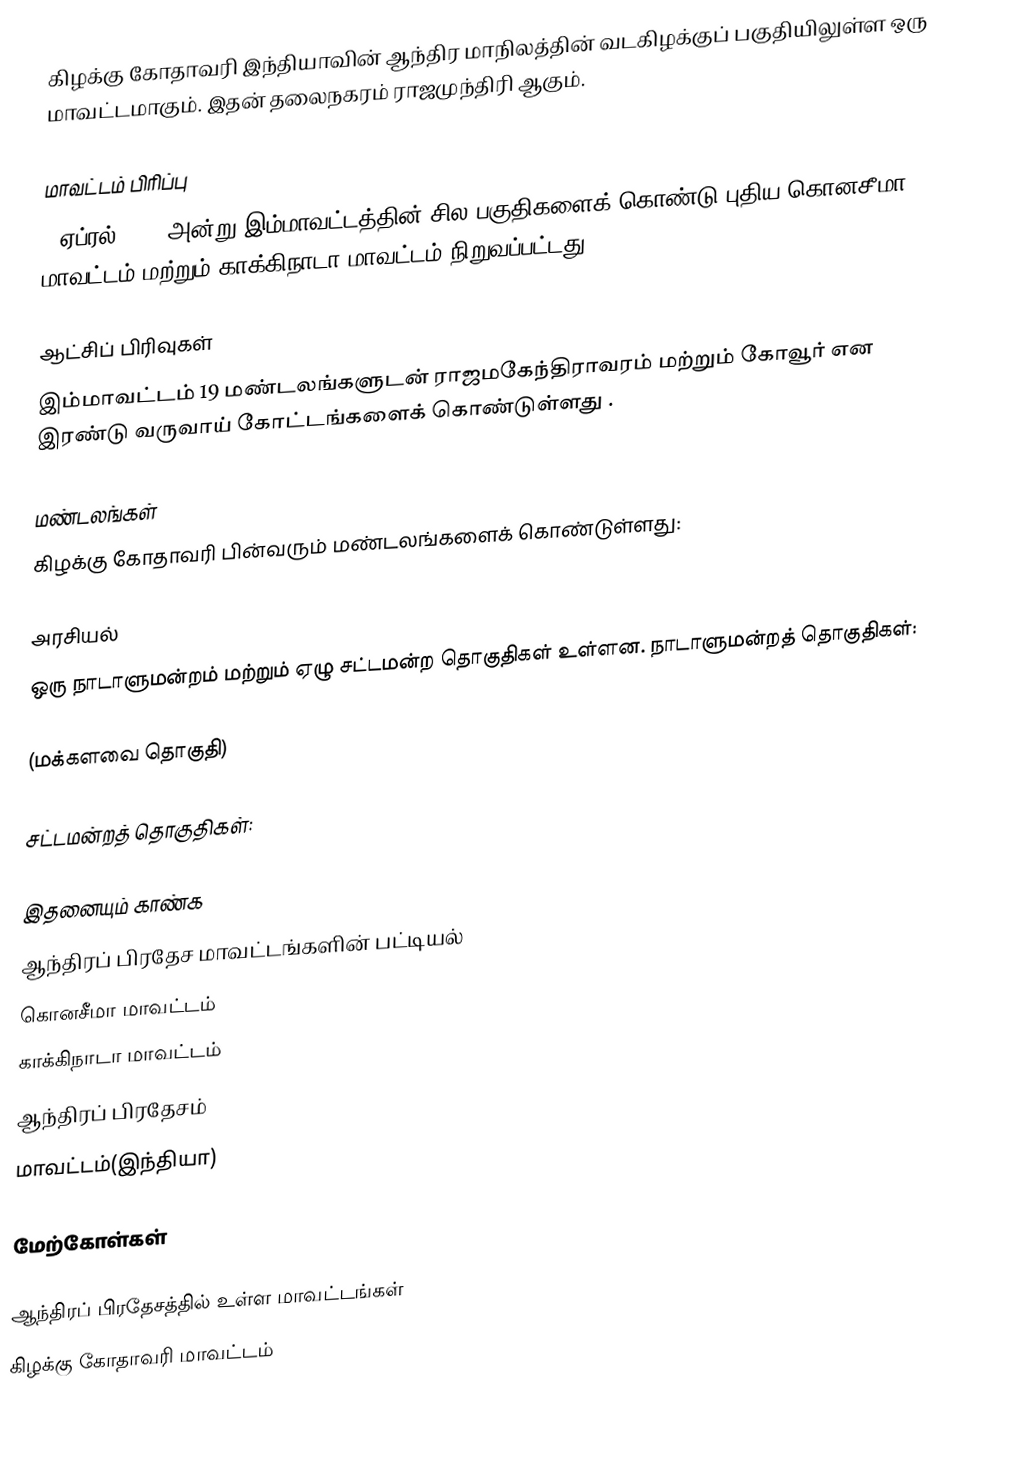
கிழக்கு கோதாவரி இந்தியாவின் ஆந்திர மாநிலத்தின் வடகிழக்குப் பகுதியிலுள்ள ஒரு மாவட்டமாகும். இதன் தலைநகரம் ராஜமுந்திரி ஆகும்.

மாவட்டம் பிரிப்பு
4 ஏப்ரல் 2022 அன்று இம்மாவட்டத்தின் சில பகுதிகளைக் கொண்டு புதிய கொனசீமா மாவட்டம் மற்றும்  காக்கிநாடா மாவட்டம் நிறுவப்பட்டது.

ஆட்சிப் பிரிவுகள்
இம்மாவட்டம் 19 மண்டலங்களுடன் ராஜமகேந்திராவரம் மற்றும் கோவூர் என இரண்டு வருவாய் கோட்டங்களைக் கொண்டுள்ளது .

மண்டலங்கள்
கிழக்கு கோதாவரி பின்வரும் மண்டலங்களைக் கொண்டுள்ளது:

அரசியல்
ஒரு நாடாளுமன்றம் மற்றும் ஏழு சட்டமன்ற தொகுதிகள் உள்ளன. நாடாளுமன்றத் தொகுதிகள்:

 (மக்களவை தொகுதி)

சட்டமன்றத் தொகுதிகள்:

இதனையும் காண்க
 ஆந்திரப் பிரதேச மாவட்டங்களின் பட்டியல்
 கொனசீமா மாவட்டம்
 காக்கிநாடா மாவட்டம்
 ஆந்திரப் பிரதேசம்
 மாவட்டம்(இந்தியா)

மேற்கோள்கள்

ஆந்திரப் பிரதேசத்தில் உள்ள மாவட்டங்கள்
கிழக்கு கோதாவரி மாவட்டம்